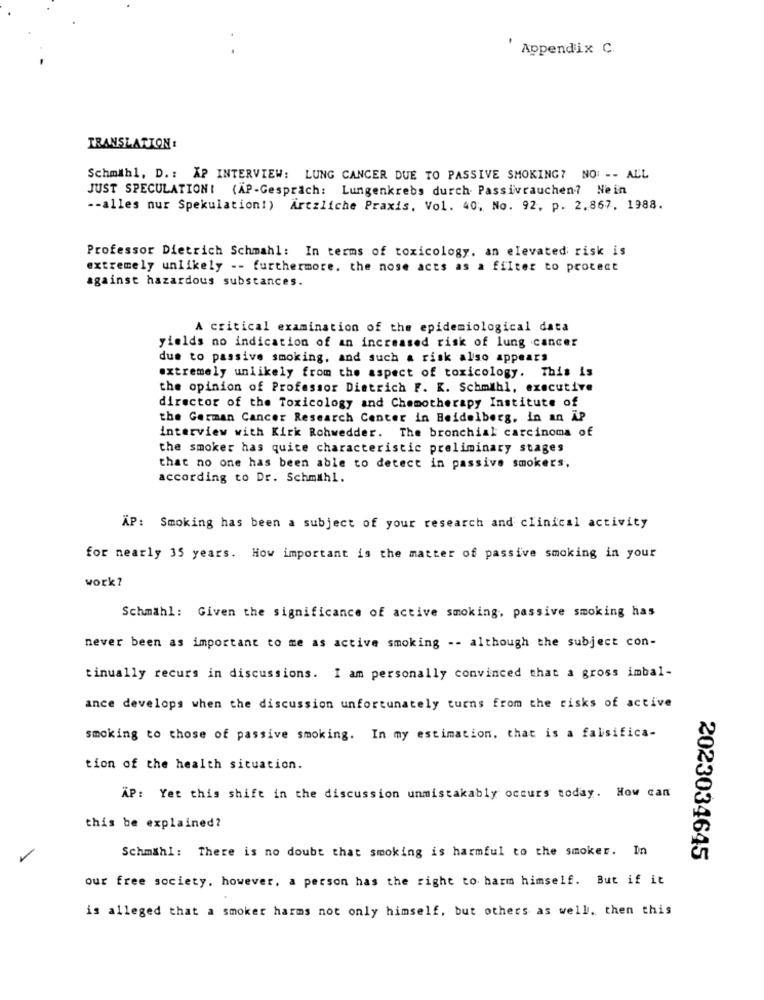
' Appendix C.
TRANSLATION:
Schmäh1, D. : XP INTERVIEW: LUNG CANCER DUE TO PASSIVE SMOKING? NO: -- ALL
JUST SPECULATION! (AP-Gespräch: Lungenkrebs durch Passivrauchen? Nein
-- alles nur Spekulation!) Ärtzliche Praxis, Vol. 40, No. 92, p. 2.867, 1988.
Professor Dietrich Schmahl: In terms of toxicology. an elevated risk is
extremely unlikely -- furthermore, the nose acts as a filter to protect
against hazardous substances.
A critical examination of the epidemiological data
yields no indication of an increased risk of lung cancer
due to passive smoking, and such a risk also appears
extremely unlikely from the aspect of toxicology. This is
the opinion of Professor Dietrich F. K. Schmähl, executive
director of the Toxicology and Chemotherapy Institute of
the German Cancer Research Center in Heidelberg, in an AP
interview with Kirk Rohwedder. The bronchial carcinoma of
the smoker has quite characteristic preliminary stages
that no one has been able to detect in passive smokers,
according to Dr. Schmihl.
ÄP: Smoking has been a subject of your research and clinical activity
for nearly 35 years. How important is the matter of passive smoking in your
work?
Schmähl: Given the significance of active smoking, passive smoking has
never been as important to me as active smoking -- although the subject con-
tinually recurs in discussions. I am personally convinced that a gross imbal-
ance develops when the discussion unfortunately turns from the risks of active
smoking to those of passive smoking. In my estimation. that is a falsifica-
tion of the health situation.
AP: Yet this shift in the discussion unmistakably occurs today. How can
this be explained?
Schmähl: There is no doubt that smoking is harmful to the smoker. In
2023034645
our free society, however, a person has the right to harm himself. But if it
is alleged that a smoker harms not only himself, but others as well. then this